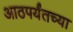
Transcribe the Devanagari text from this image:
आठपर्यंतच्या